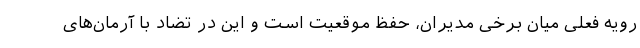
رویه فعلی میان برخی مدیران، حفظ موقعیت است و این در تضاد با آرمان‌های